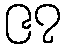
၉၇